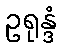
ဥရုန္ဒံ